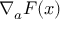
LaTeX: \nabla _ { a } F ( x )